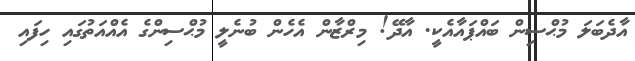
އާދެބަލަ މުޙްސިން ބައްޕައާއެކީ. އާދޭ! މިރްޒާން އެހެން ބުނެލީ މުޙްސިންގެ އެއްއަތުގައި ހިފައި